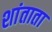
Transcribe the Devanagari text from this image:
शांताता